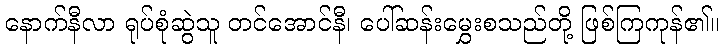
နောက်နီလာ ရုပ်စုံဆွဲသူ တင်အောင်နီ၊ ပေါ်ဆန်းမွှေးစသည်တို့ ဖြစ်ကြကုန်၏။